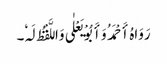
رَوَاہُ أَحْمَدُ وَأَبُوْ یَعْلٰی وَاللَّفْظُ لَہٗ۔